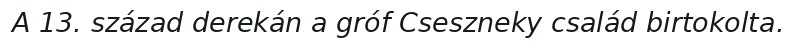
A 13. század derekán a gróf Cseszneky család birtokolta.